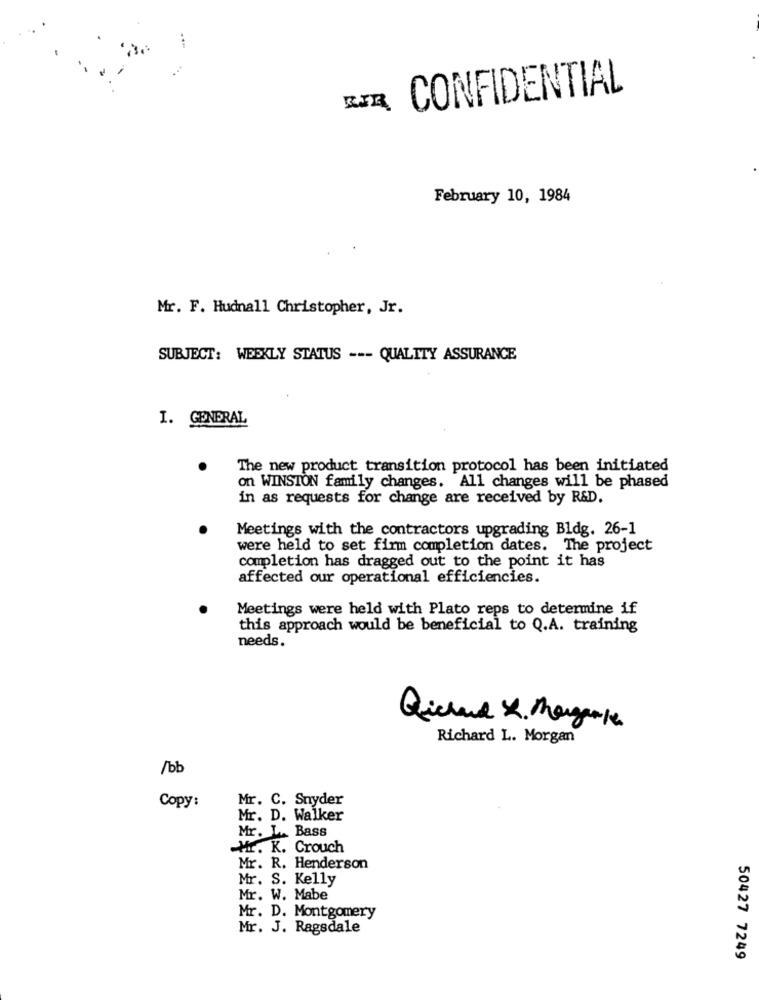
RIR CONFIDENTIAL
February 10, 1984
Mr. F. Hudnall Christopher, Jr.
SUBJECT: WEEKLY STATUS --- QUALITY ASSURANCE
I. GENERAL
The new product transition protocol has been initiated
on WINSTON family changes. All changes will be phased
in as requests for change are received by R&D.
Meetings with the contractors upgrading Bldg. 26-1
were held to set firm completion dates. The project
completion has dragged out to the point it has
affected our operational efficiencies.
Meetings were held with Plato reps to determine if
this approach would be beneficial to Q.A. training
needs.
Richard L. Morgan
/bb
Mr. C. Snyder
Copy:
Mr. D. Walker
Mr. L. Bass
H .. K. Crouch
Mr. R. Henderson
Mr. S. Kelly
Mr. W. Mabe
Mr. D. Montgomery
Mr. J. Ragsdale
50427 7249